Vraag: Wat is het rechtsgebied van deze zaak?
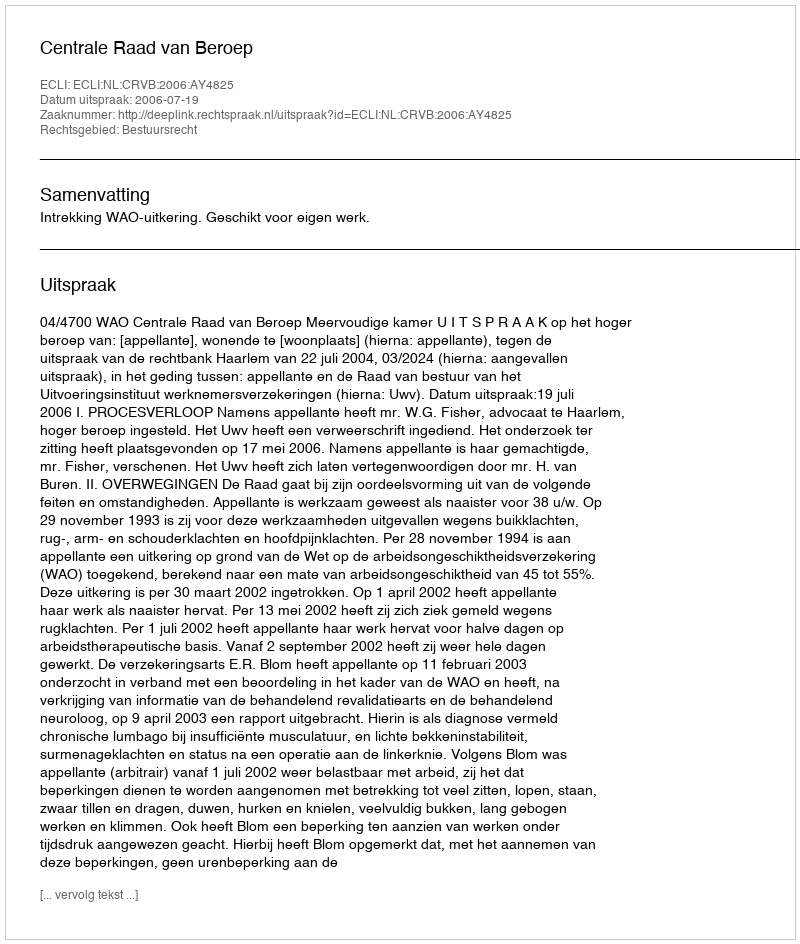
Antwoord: Bestuursrecht